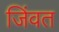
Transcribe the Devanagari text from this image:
जिंवत